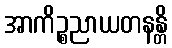
အာကိဉ္စညာယတနန္တိ